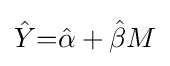
{\hat {Y}}{=}{\hat {\alpha }}+{\hat {\beta }}M